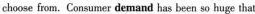
choose frcm. Corsumer demand has been so huge that